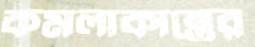
কমলাকান্তের